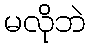
မလိုဘဲ